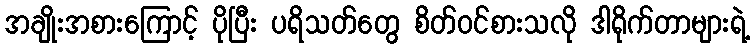
အချိုးအစားကြောင့် ပိုပြီး ပရိသတ်တွေ စိတ်ဝင်စားသလို ဒါရိုက်တာများရဲ့